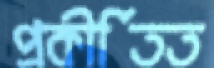
প্রকীর্তিত